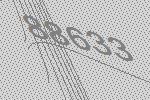
88633